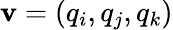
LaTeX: \mathbf{v}=(q_{i},q_{j},q_{k})